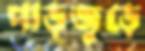
পাড়জুড়ে